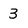
Character: 3